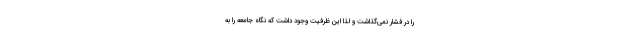
را در فشار نمی‌گذاشت و لذا این ظرفیت وجود داشت که نگاه جامعه را به